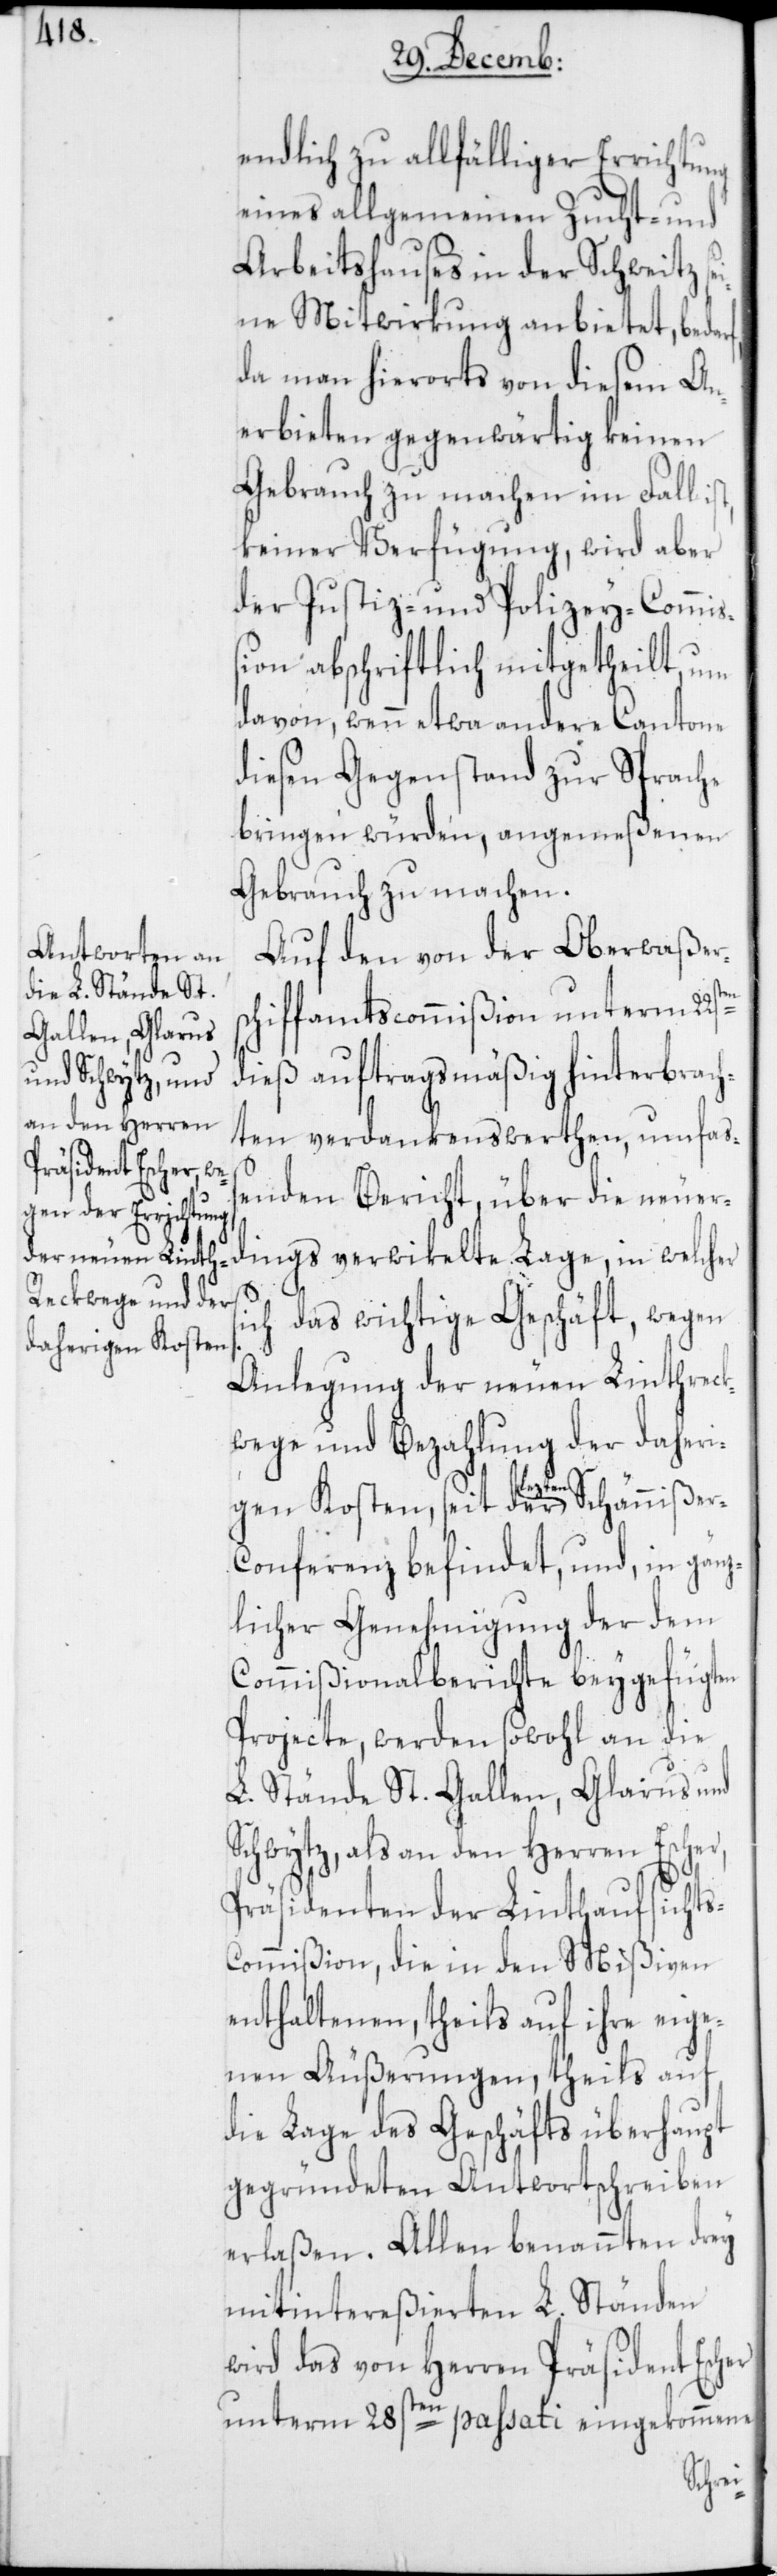
endlich zu allfälliger Errichtung
eines allgemeinen Zucht- und
Arbeitshauses in der Schweitz se¬
ine Mitwirkung anbietet, bed¬
da man hierorts von diesem An¬
erbieten gegenwärtig keinen
Gebrauch zu machen im Fall
keiner Verfügung, wird aber
der Justiz- und Polizey-Commiß¬
ion abschriftlich mitgetheilt, um
davon, wenn etwa andere Cantone
diesen Gegenstand zur Sprache
bringen würden, angemeßenen
Gebrauch zu machen.
Auf den von der Oberwaßers¬
chiffamtscommißion unterm 22s¬
dieß auftragsmäßig hinterbrach¬
ten verdankenswerthen, umfaß¬
enden Bericht, über die neuer¬
ch das wichtige Geschäft, wegen
herigen Kosten,
Anlegung der neuen Linthreck¬
wege und Bezahlung der da¬
lezten
r-Conferenz befindet, und, in gänz¬
licher Genehmigung der dem
Commißionalberichte beygefügten
Projecte, werden sowohl an die
L. Stände St. Gallen, Glarus und
Schwytz, als an den Herren Escher,
Präsidenten der Linthaufsicht¬
ommißion, die in den Mißiven
enthaltenen, theils auf ihre eige¬
nen Äußerungen, theils auf
die Lage des Geschäfts überhaupt
gegründeten Antwortschreiben
erlaßen. Allen benannten drey
mitintereßierten L. Ständen
wird das von Herren Präsident Escher
unterm 28sten passati eingekommene
s-C¬